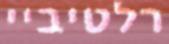
רלטיביי